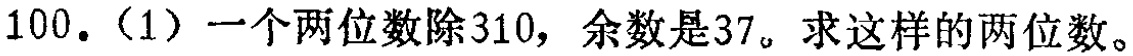
100.（1）一个两位数除310，余数是37。求这样的两位数。